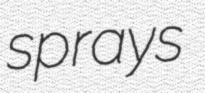
sprays